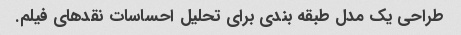
طراحی یک مدل طبقه بندی برای تحلیل احساسات نقدهای فیلم.